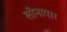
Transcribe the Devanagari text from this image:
लोनापार